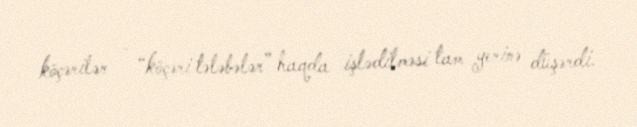
köçərilər - “köçəri tələbələr” haqda işlədilməsi tam yerinə düşərdi.